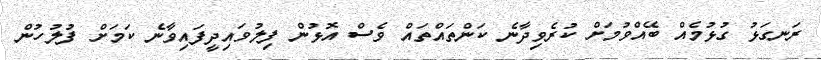
ރަނގަޅު ގުޅުމެއް ބޭއްވުމަށް ކުރެވިދާނެ ކަންތައްތައް ވެސް އޮޅުން ފިލުވައިދީފައިވާނެ ކަމަށް ފުލުހުން